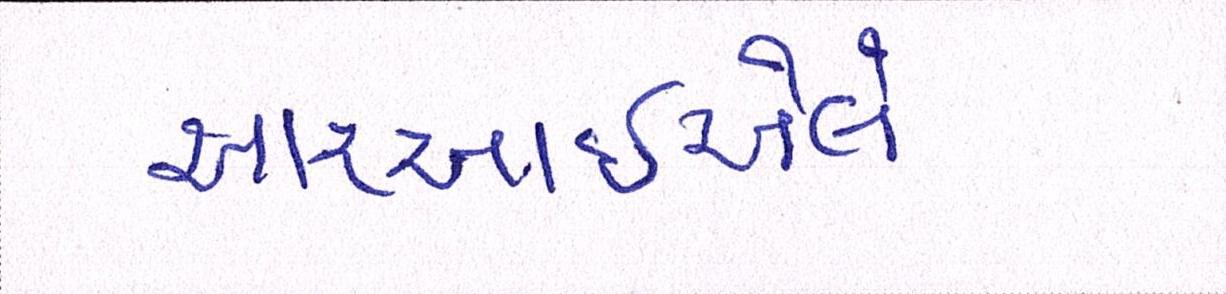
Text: આરઆઇએલે